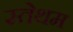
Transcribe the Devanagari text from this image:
स्तेथम